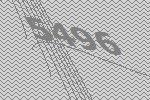
5496